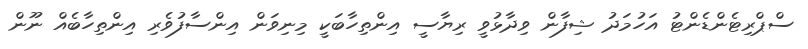
ސްޕްރިޓެންޑެންޓު އަހުމަދު ޝިފާން ވިދާޅުވީ ރިޔާސީ އިންތިހާބަކީ މިނިވަން އިންސާފުވެރި އިންތިހާބެއް ނޫން